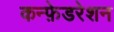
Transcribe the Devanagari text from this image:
कन्फ़ेडरेशन